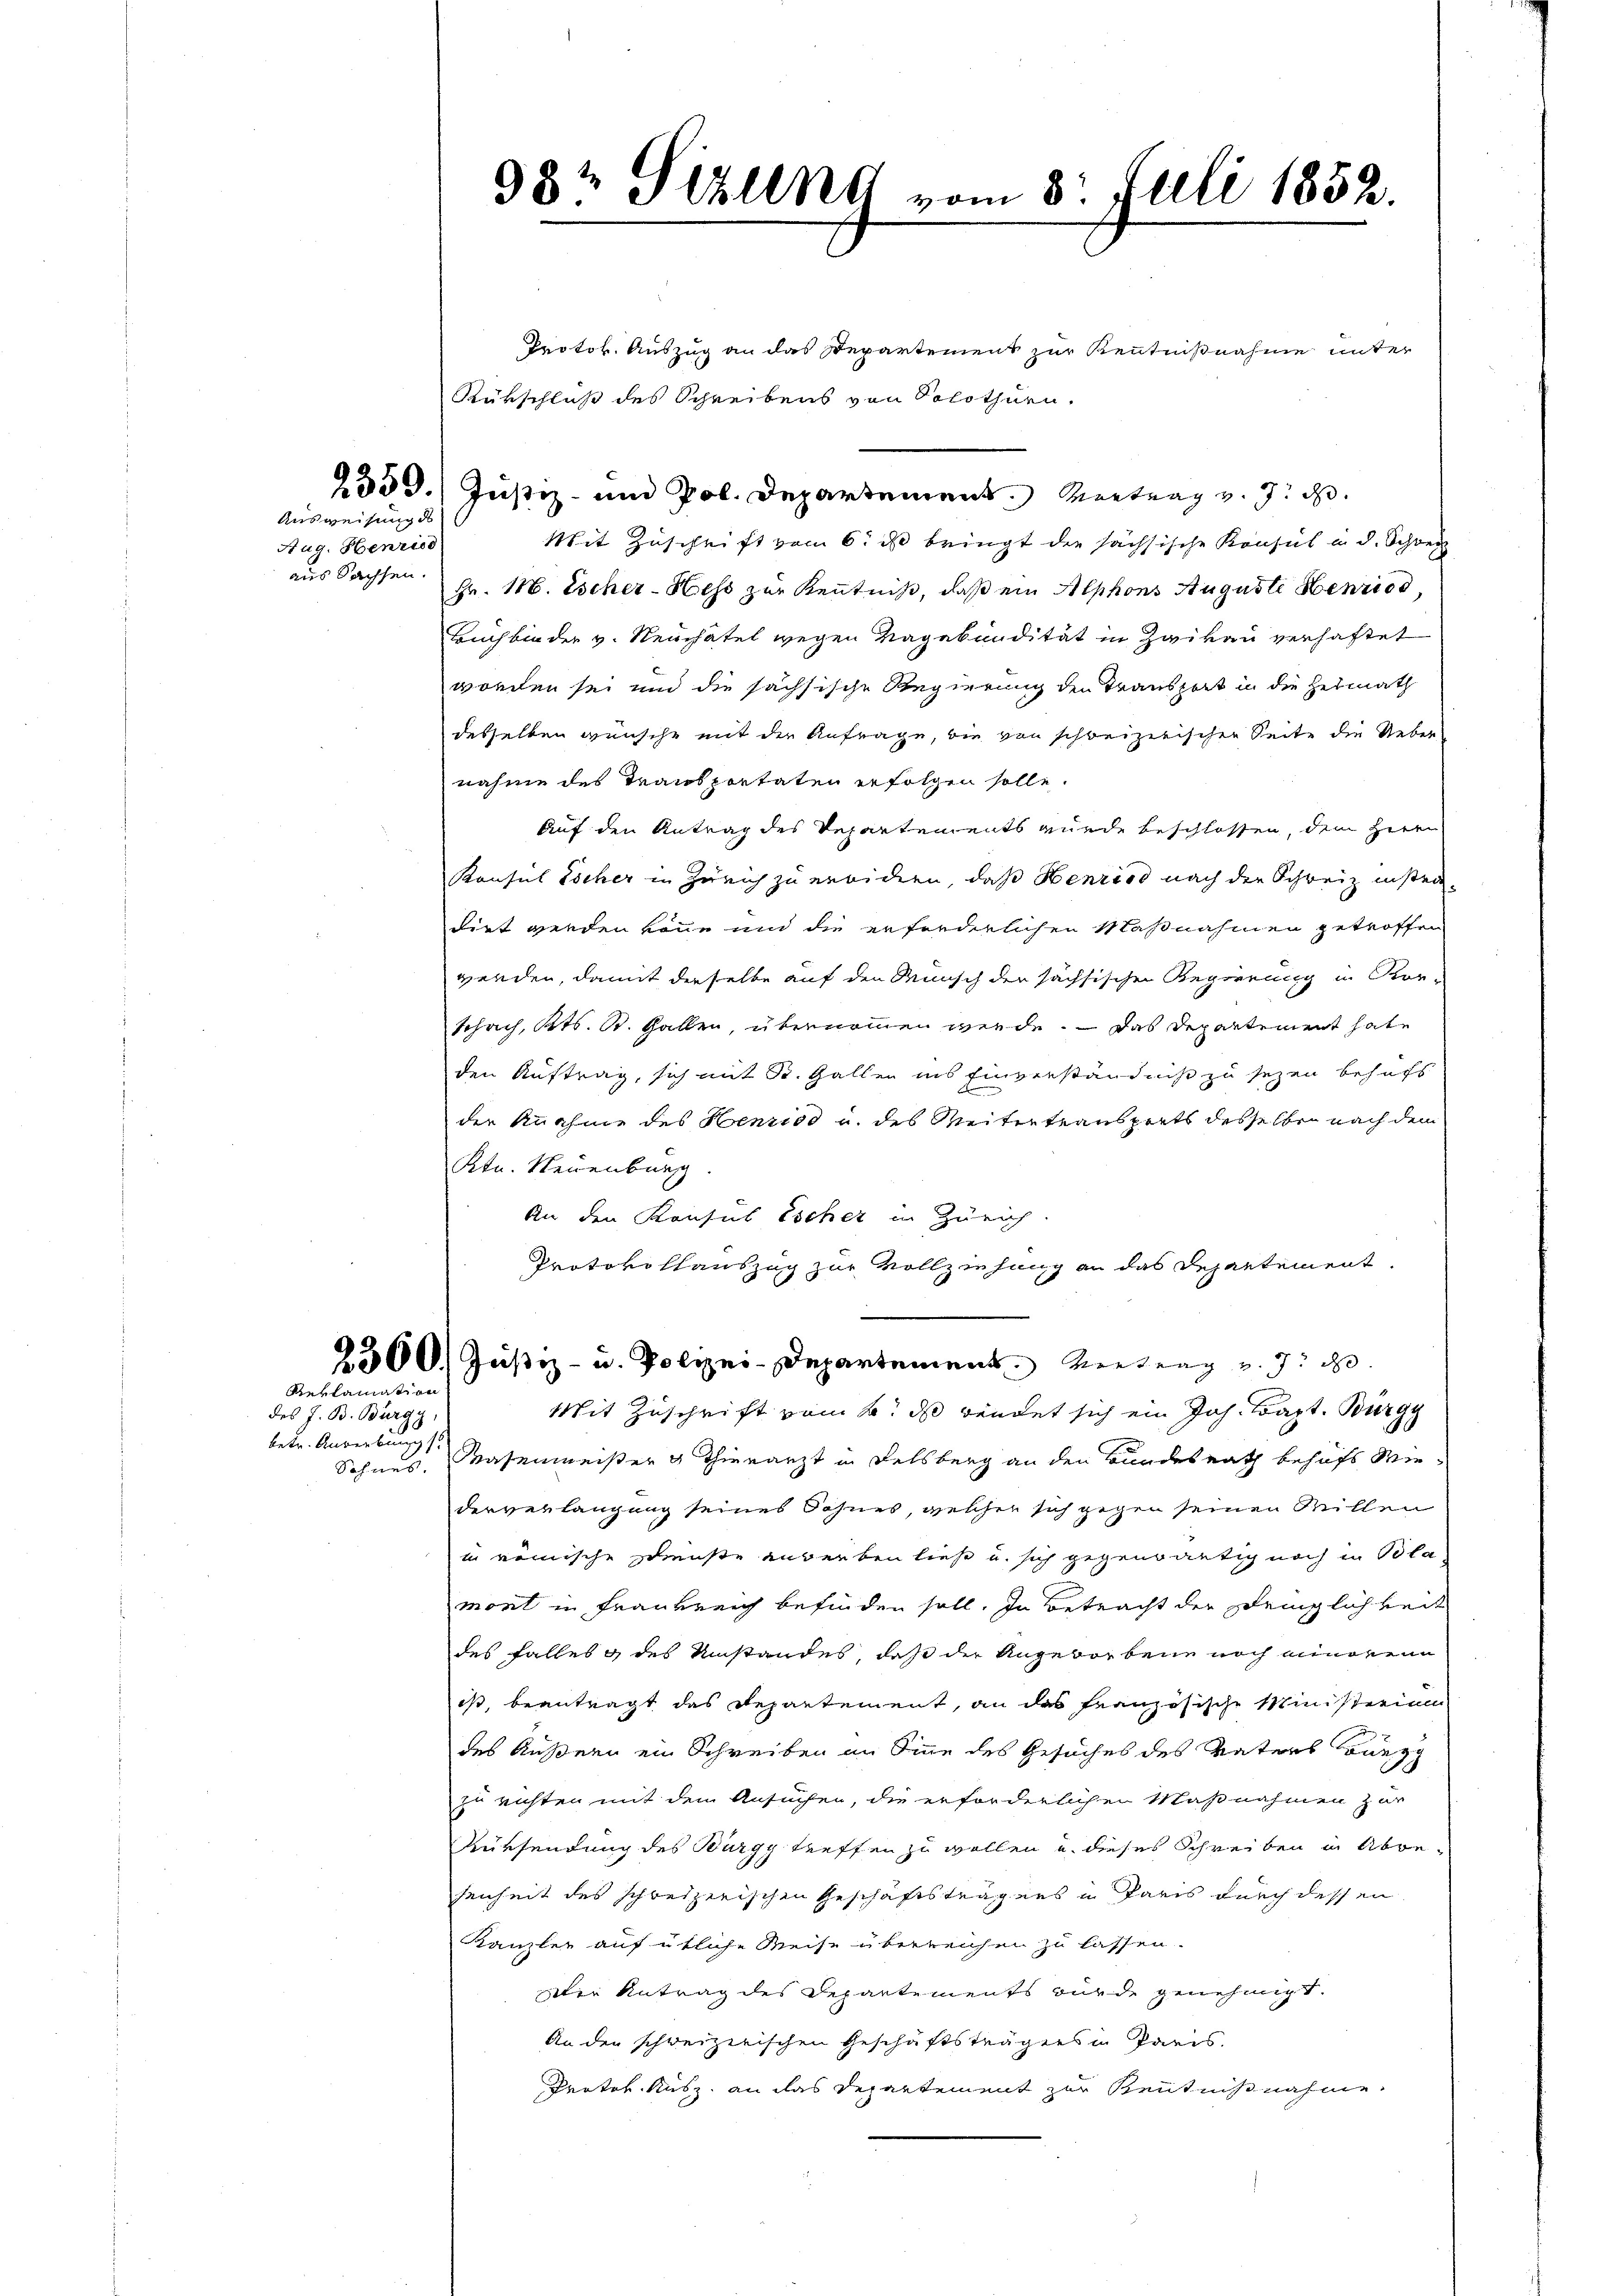
Aug. Henriss
aus Sachsen.

Ausweisung des

betr. Anriebung
Sohnes.

Reklamation
des J. B. Burgg,

982 Schling vom 3. Juli 1852.

Protok. Auszug an das Departement zur Kenntnißnahme unter
Rükschluß des Schreibens von Solothurn,
2559.) Justiz- und Pol. Departement. Vertrag v. J. d
Mit Zuschrift vom 6. ds bringt die sächsische Konsul in d. Schweiz
Fr. 118. Escher-Hess zur Kenntniß, daß ein Alphons Auguste Henried,
Buchbinder v. Neuchatel wegen Tagebundität in Zwikau verhaftet
worden sei und die sachsische Regierung den Transport in die Heimath
desselben wünsche mit der Anfrage, die von schweizerischen Seite die Uebernahme des Tracosportaten erfolgen solle.
Auf den Antrag des Departements wurde beschlossen, dem Herrn
Konsul Escher in Zürich zu erwidern, daß Henried nach der Schweiz instendirt werden könne und die erforderlichen Maßnahmen getroffen
werden, damit derselbe auf den Wunsch der sächsischen Regierung in Kor-
Schach, Kts. S. Gallen, übernommen werde. — Das Departement hate
den Auftrag, sich mit St. Gallen ins Einverständniß zu sezen behufs
der Knahme des Henziod u. des Weitertransports desselben nach dem
Ktn. Neuenburg
An den Konsus Escher in Zürich.
Protokollauszug zur Vollziehung an das Departement.
2500. Justiz- u. Polizei-Departement. Wertung u. 7. d.
Mit Zuschrift vom h. daß wendet sich ein Joh. Bapt. Bürgy
Masenmeister & Thierarzt in Felsberg an den Bundesrath behufs Wiederverlangung seines Sohnes, welcher sich gegen seinen Millen
in römische Dienste anderben ließ und sich gegenwärtig noch in Pola,
mont in Frankreich befinden soll, in Betracht der Dringlichkeit
des falles des Umstandes, daß der Ungeworbene noch minoren
ist, beantragt das Departement, an das französische Ministerium
des Äußern ein Schreiben an Sinne des Gesuches des Vaters Bauegg
zu richten mit dem Ansuchen, die erforderlichen Maßnahmen zur
Rürsendung des Burgy treffen zu wollen und dieses Schreiben in Abbe-
senheit des schweizerischen Geschäftsträgers in Paris durch dessen
Kanzler auf übliche Weise überreichen zu lassen.
Die Antrag des Departements wurde genehmigt.
An den schweizerischen Geschäftsträgers in Paris.
Proter Nusz, an das Departement zur Kenntnißnahme.